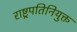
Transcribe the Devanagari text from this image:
राष्ट्रपतिनियुक्त